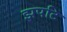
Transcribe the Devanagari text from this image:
झपटि